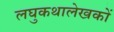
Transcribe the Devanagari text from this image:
लघुकथालेखकों